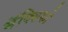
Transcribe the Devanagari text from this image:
मॅक्सिको